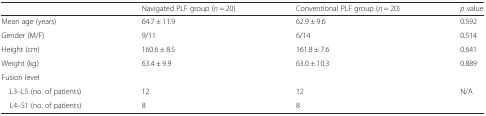
<table><thead><tr><td></td><td><b>Navigated PLF group (<i>n</i> = 20)</b></td><td><b>Conventional PLF group (<i>n</i> = 20)</b></td><td><b><i>p</i> value</b></td></tr></thead><tbody><tr><td>Mean age (years)</td><td>64.7 ± 11.9</td><td>62.9 ± 9.6</td><td>0.592</td></tr><tr><td>Gender (M/F)</td><td>9/11</td><td>6/14</td><td>0.514</td></tr><tr><td>Height (cm)</td><td>160.6 ± 8.5</td><td>161.8 ± 7.6</td><td>0.641</td></tr><tr><td>Weight (kg)</td><td>63.4 ± 9.9</td><td>63.0 ± 10.3</td><td>0.889</td></tr><tr><td colspan="4">Fusion level</td></tr><tr><td> L3–L5 (no. of patients)</td><td>12</td><td>12</td><td rowspan="2">N/A</td></tr><tr><td> L4–S1 (no. of patients)</td><td>8</td><td>8</td></tr></tbody></table>